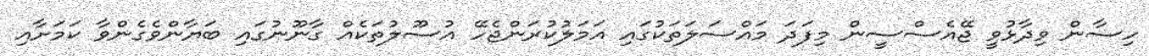
ހިސާން ވިދާޅުވީ ޖޭއެސްސީން މިފަދަ މައްސަލަތަކުގައި އަމަލުކުރަންޖެހޭ އުސޫލުތަކެއް ގާނޫނުގައި ބަޔާންވެގެންވާ ކަމަށާއި